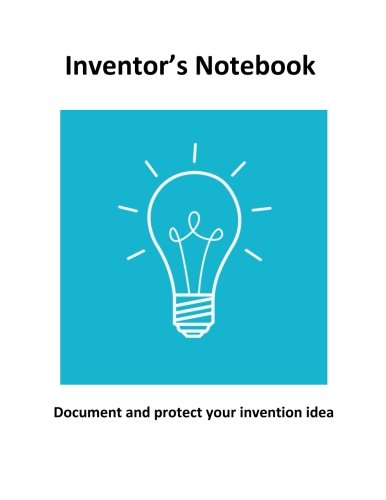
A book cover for Inventor's Notebook; George Tam; Law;